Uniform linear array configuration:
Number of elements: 32
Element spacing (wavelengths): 0.5
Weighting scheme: hamming
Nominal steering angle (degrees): -30
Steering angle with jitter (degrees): -30.212
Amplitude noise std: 0.05
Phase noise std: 0.05

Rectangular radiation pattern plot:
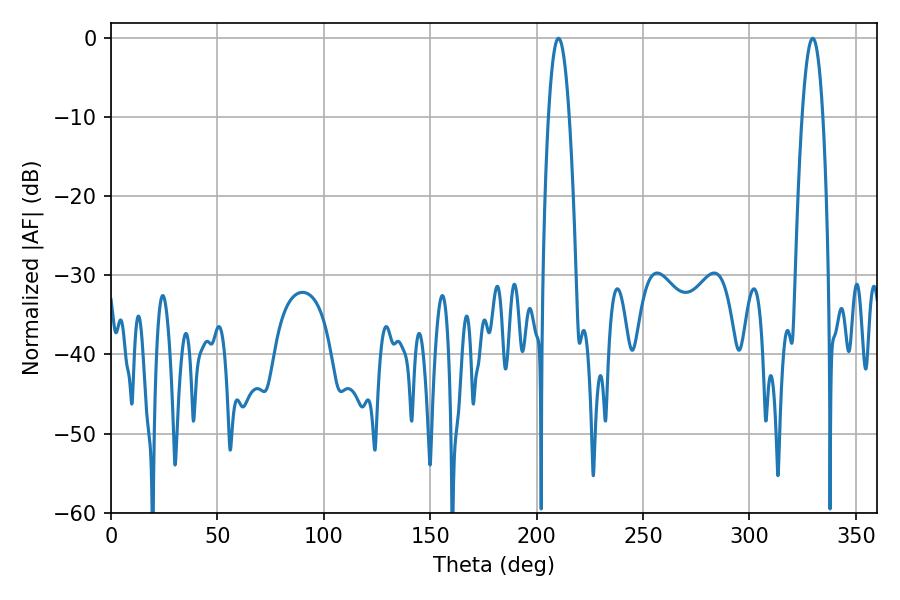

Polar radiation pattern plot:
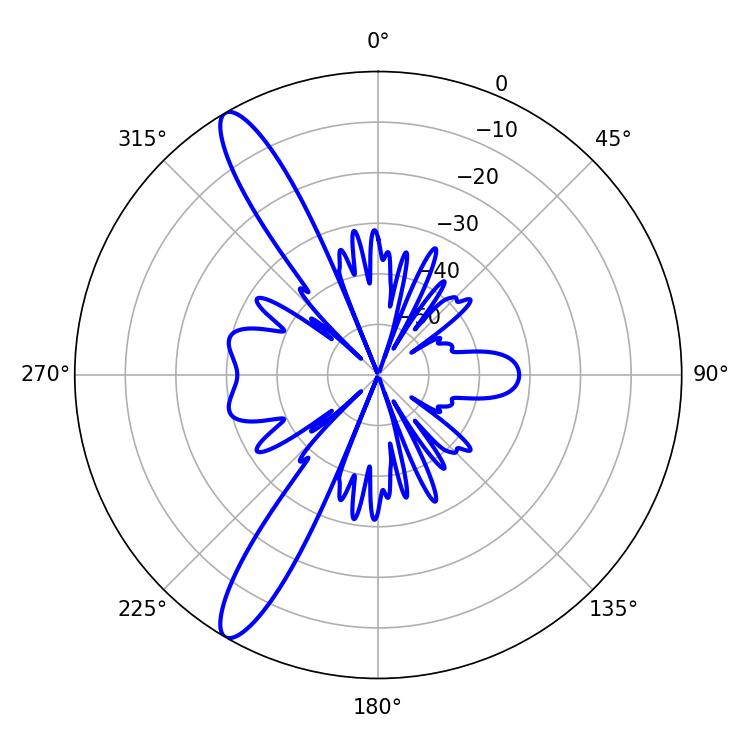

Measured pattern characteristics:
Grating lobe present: FALSE
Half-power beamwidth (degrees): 5.22
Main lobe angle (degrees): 210.24